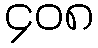
၄၀၈